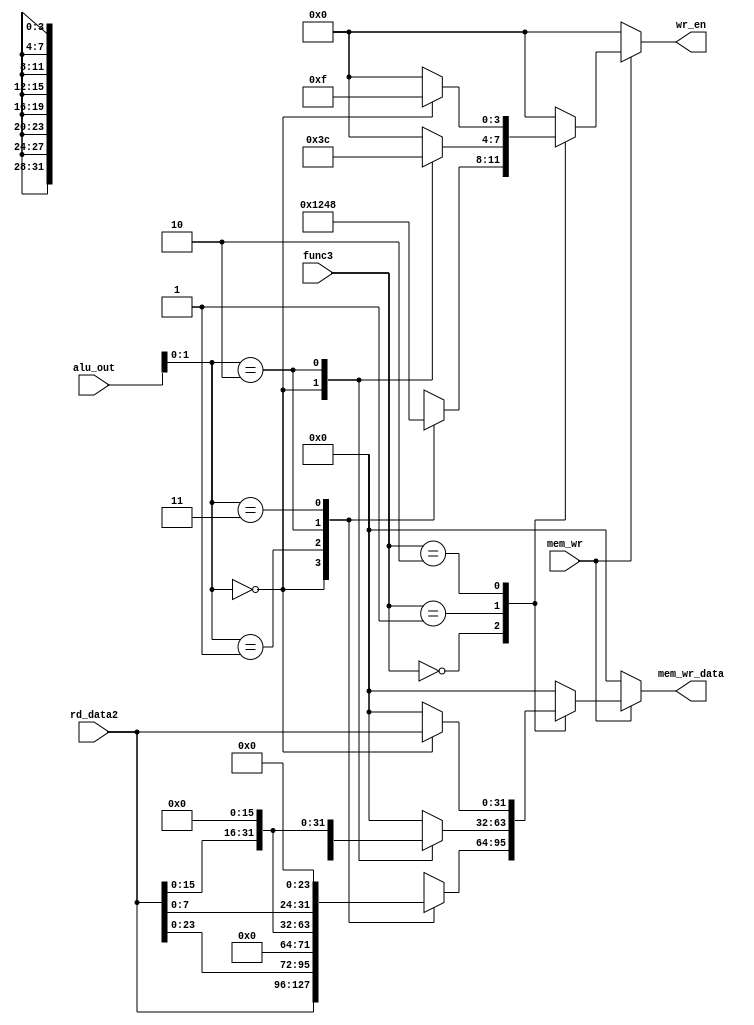
/*****************************************************************************   
                      
Filename        : store.v
Author          : Sai Gautham Ravipati (EE19B053)
Date            : 10th October 2021 
Description     : Generates both data and write enable to store data to 
                  memory. 
                  
                  Inputs - 
                  - mem_wr - Writing to memory takes place when asserted
                  - func3 => Corresponds to idata[14:12] of the instruction.  
                  - rd_data2 => Source register-2 of the register file. 
                  - alu_out => Corresponds to address computed by the ALU.
                  
                  Outputs - 
                  - wr_en => Write enable for every byte chunk of memory. 
                  - mem_wr_data => 32 bit memory chunk to be written. 
                  
                  By default write enable is set to 4'b0000, so no writing 
                  takes place. 
                 
*****************************************************************************/

module store( input mem_wr,
              input [2:0] func3,
              input [31:0] rd_data2, 
              input [31:0] alu_out, 
              output reg [3:0] wr_en, 
              output reg [31:0] mem_wr_data ); 
    
    
    always @(*) begin 
        if(mem_wr) begin
            
            case(func3)
                3'b000:        // SB 
                    begin 
                        case(alu_out[1:0])
                            2'b00: begin 
                                mem_wr_data = rd_data2;
                                wr_en = 4'b0001; 
                            end 
                            2'b01: begin 
                                mem_wr_data = rd_data2 << 8; 
                                wr_en = 4'b0010; 
                            end  
                            2'b10: begin 
                                mem_wr_data = rd_data2 << 16; 
                                wr_en = 4'b0100; 
                            end 
                            2'b11: begin 
                                mem_wr_data = rd_data2 << 24; 
                                wr_en = 4'b1000; 
                            end
                            default: begin 
                                mem_wr_data = {32{1'b0}}; 
                                wr_en = 4'b0000; 
                            end 
                        endcase
                    end  
                3'b001:        // SH
                    begin 
                        case(alu_out[1:0])
                            2'b00: begin 
                                mem_wr_data = rd_data2; 
                                wr_en = 4'b0011; 
                            end 
                            2'b10: begin 
                                mem_wr_data = rd_data2 << 16; 
                                wr_en = 4'b1100; 
                            end
                            default: begin 
                                mem_wr_data = {32{1'b0}}; 
                                wr_en = 4'b0000; 
                            end 
                        endcase
                    end 
                3'b010:        // SW 
                    begin 
                        case(alu_out[1:0])
                            2'b00: begin 
                                mem_wr_data = rd_data2; 
                                wr_en = 4'b1111; 
                            end 
                            default: begin 
                                mem_wr_data = {32{1'b0}}; 
                                wr_en = 4'b0000; 
                            end 
                        endcase 
                    end 
                default: 
                    begin 
                        mem_wr_data = {32{1'b0}}; 
                        wr_en = 4'b0000; 
                    end    
            endcase
            
        end 
        else begin 
            mem_wr_data = {32{1'b0}}; 
            wr_en = 4'b0000; 
        end    
    end    
            
endmodule